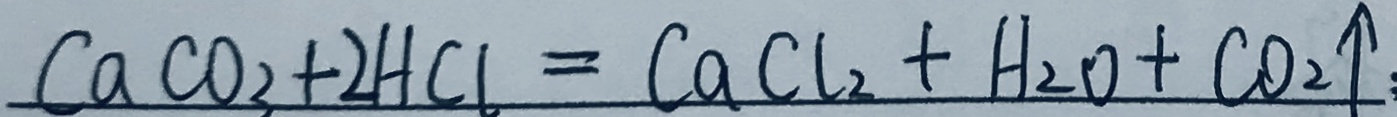
C a C O _ { 3 } + 2 H C l = C a C l _ { 2 } + H _ { 2 } O + C O _ { 2 } \uparrow :